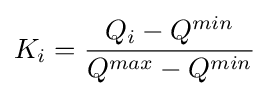
K_{i}={\frac {Q_{i}-Q^{min}}{Q^{max}-Q^{min}}}